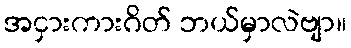
အငှားကားဂိတ် ဘယ်မှာလဲဗျာ။